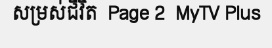
សម្រស់ជីវិត  Page 2  MyTV Plus